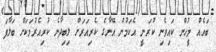
ބައެއް މީހުން ކައިވެނި ކުރަނީ އެކަމުން އޭނާގެ ކެރިއަރަށް ލިބިދާނެ ކުރިއެރުމަކަށް ބަލާފަ